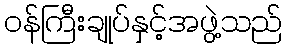
ဝန်ကြီးချုပ်နှင့်အဖွဲ့သည်